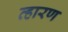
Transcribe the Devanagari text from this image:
व्हारण